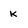
Character: k